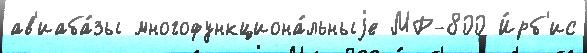
ав'иаба́зы многофункциона́льныjе МР-800 И́рб'ис